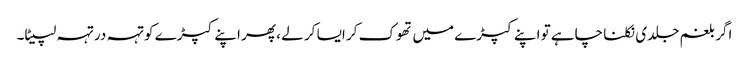
اگر بلغم جلدی نکلنا چاہے تو اپنے کپڑے میں تھوک کر ایسا کر لے ، پھر اپنے کپڑے کو تہہ در تہہ لپیٹا۔